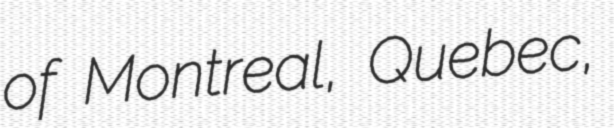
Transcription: of Montreal, Quebec,